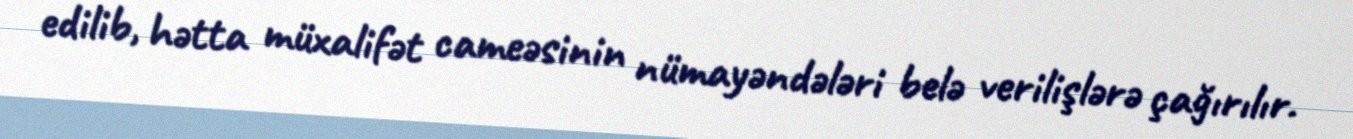
edilib, hətta müxalifət cameəsinin nümayəndələri belə verilişlərə çağırılır.